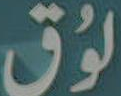
لوق